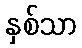
နှစ်သာ